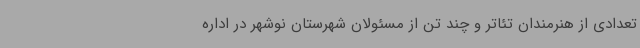
تعدادی از هنرمندان تئاتر و چند تن از مسئولان شهرستان نوشهر در اداره